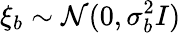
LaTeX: \xi_{b}\sim\mathcal{N}(0,\sigma_{b}^{2}I)